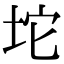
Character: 坨